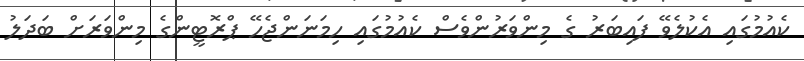
ކެއުމުގައި އެކުލެވޭ ފައިބަރު ގެ މިންވަރުންވެސް ކެއުމުގައި ހިމަނަންޖެހޭ ޕްރޮޓީންގެ މިންވަރަށް ބަދަލު